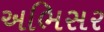
અભિસર